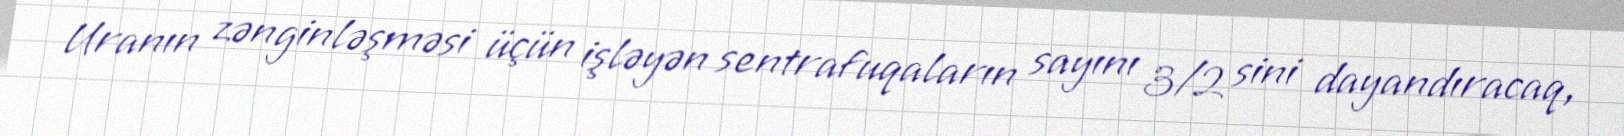
Uranın zənginləşməsi üçün işləyən sentrafuqaların sayını 3/2 sini dayandıracaq,